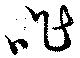
咋